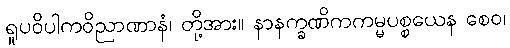
ရူပဝိပါကဝိညာဏာနံ၊ တို့အား။ နာနက္ခဏိကကမ္မပစ္စယေန စေဝ၊